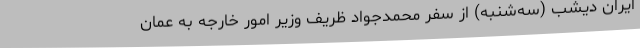
ایران دیشب (سه‌شنبه) از سفر محمدجواد ظریف وزیر امور خارجه به عمان